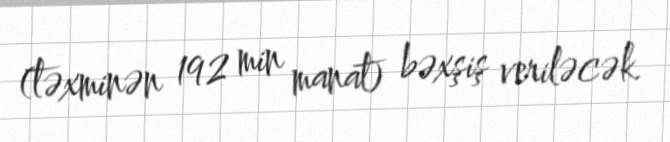
(təxminən 192 min manat) bəxşiş veriləcək.